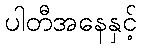
ပါတီအနေနှင့်